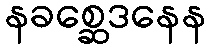
နခစ္ဆေဒနေန